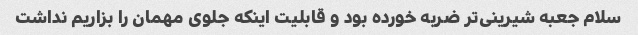
سلام جعبه شیرینی‌تر ضربه خورده بود و قابلیت اینکه جلوی مهمان را بزاریم نداشت